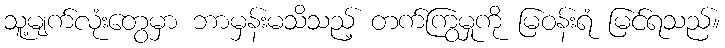
သူ့မျက်လုံးတွေမှာ ဘာမှန်းမသိသည့် တက်ကြွမှုကို မြဝန်းရံ မြင်ရသည်။